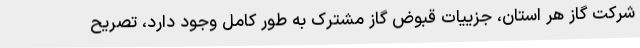
شرکت گاز هر استان، جزییات قبوض گاز مشترک به طور کامل وجود دارد، تصریح